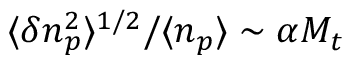
\langle \delta n _ { p } ^ { 2 } \rangle ^ { 1 / 2 } / \langle n _ { p } \rangle \sim \alpha M _ { t }